Vaccination in Bombay 1856-1862 - 1856-1862
Year: 1856
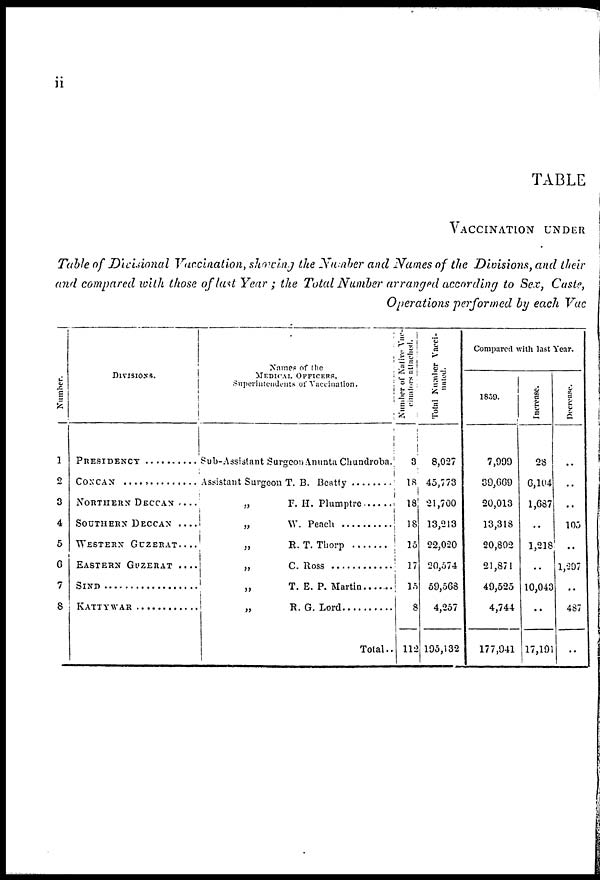
ii
TABLE
VACCINATION UNDER
Table of Divisional Vaccination, showing the Number and Names of the Divisions, and their
and compared with those of last Year ; the Total Number arranged according to Sex, Caste,
Operations performed by each Vac
Number.
1
2
3
4
5
6
7
8
DIVISIONS.
PRESIDENCY..........
CONCAN..............
NORTHERN DECCAN ....
SOUTHERN DECCAN ....
WESTERN GUZERAT....
EASTERN GUZERAT ....
SIND..................
KATTYWAR............
Names of the
MEDICAL OFFICERS,
Superintendents of Vaccination.
Sub-Assistant Surgeon Anunta Chundroba.
Assistant Surgeon T. B. Beatty ........
„ F.H.Plumptre ......
„
W. Peach
„
R. T. Thorp
„ T.E.P. Martin ......
„
T. E. P. Martin......
„ R.G. Lord..........
Total..
Number of Native Vac¬
cination attached.
3
18
18
18
15
17
15
8
112
Total Number Vacci-
nated.
8,027
45,773
21,700
13,213
22,020
20,574
59,568
4,257
195,132
Compared with last Year.
1859.
7,009
39,669
20,013
13,318
20,802
21,871
49,525
4,744
177,941
Increase.
28
6,104
1,687
..
1,218
..
10,043
..
17,191
Decrease.
..
..
..
105
..
1,207
..
487
..